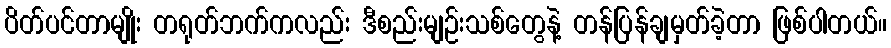
ပိတ်ပင်တာမျိုး တရုတ်ဘက်ကလည်း ဒီစည်းမျဉ်းသစ်တွေနဲ့ တန်ပြန်ချမှတ်ခဲ့တာ ဖြစ်ပါတယ်။